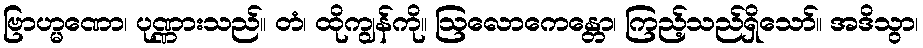
ဗြာဟ္မဏော၊ ပုဏ္ဏားသည်။ တံ၊ ထိုကျွန်ကို။ ဩလောကေန္တော၊ ကြည့်သည်ရှိသော်။ အဒိသွာ၊